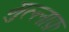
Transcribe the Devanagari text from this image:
मुल्लाफ़